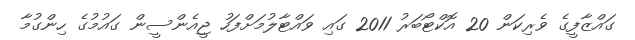
ގައްޒާފީގެ ވެރިކަން 20 އޮކްޓޯބަރު 2011 ގައި ވައްޓާލުމަށްފަހު ޖީއެންސީން ގައުމުގެ ހިންގުމާ